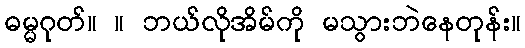
ဓမ္မဂုတ်။ ။ ဘယ်လိုအိမ်ကို မသွားဘဲနေတုန်း။